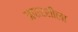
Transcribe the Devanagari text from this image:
अपारशीला